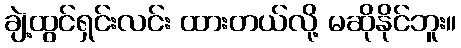
ချဲ့ထွင်ရှင်းလင်း ထားတယ်လို့ မဆိုနိုင်ဘူး။